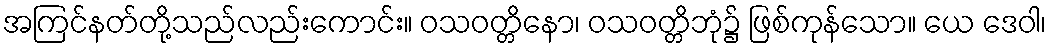
အကြင်နတ်တို့သည်လည်းကောင်း။ ဝသဝတ္တိနော၊ ဝသဝတ္တိဘုံ၌ ဖြစ်ကုန်သော။ ယေ ဒေဝါ၊